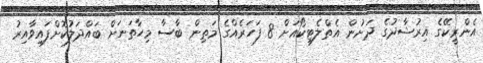
އެންރީކޭގެ އިރުޝާދުގެ ދަށުން އެތްލެޓިކޯއަށް 8 ފަހަރެއްގެ މަތިން ބާސާ މިހާތަނަށް ބައްދަލުކޮށްފައިވާއިރު